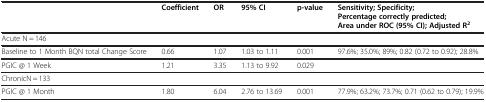
<table><thead><tr><td><b> </b></td><td><b>Coefficient</b></td><td><b>OR</b></td><td><b>95% CI</b></td><td><b>p-value</b></td><td><b>Sensitivity; Specificity; Percentage correctly predicted; Area under ROC (95% CI); Adjusted R<sup>2</sup></b></td></tr></thead><tbody><tr><td>Acute N = 146</td><td> </td><td> </td><td> </td><td> </td><td> </td></tr><tr><td>Baseline to 1 Month BQN total Change Score</td><td>0.66</td><td>1.07</td><td>1.03 to 1.11</td><td>0.001</td><td>97.6%; 35.0%; 89%; 0.82 (0.72 to 0.92); 28.8%</td></tr><tr><td>PGIC @ 1 Week</td><td>1.21</td><td>3.35</td><td>1.13 to 9.92</td><td>0.029</td><td> </td></tr><tr><td>ChronicN = 133</td><td> </td><td> </td><td> </td><td> </td><td> </td></tr><tr><td>PGIC @ 1 Month</td><td>1.80</td><td>6.04</td><td>2.76 to 13.69</td><td>0.001</td><td>77.9%; 63.2%; 73.7%; 0.71 (0.62 to 0.79); 19.9%</td></tr></tbody></table>